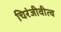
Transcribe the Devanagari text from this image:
चिरंजीवीत्व